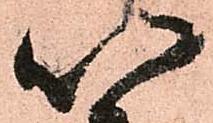
以